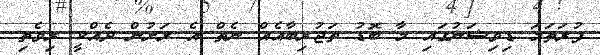
ފުރަތަމަ ޑިވިޝަނުގައި މާ ބޮޑު ތަޖުރިބާއެއް ނެތް އެ ރަށުން ދެއްކީ ރިވެތި